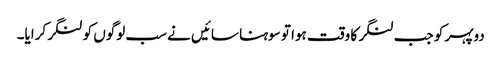
دوپہر کو جب لنگر کا وقت ہوا تو سوہنا سائیں نے سب لوگوں کو لنگر کرایا۔